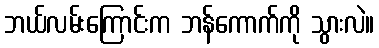
ဘယ်လမ်းကြောင်းက ဘန်ကောက်ကို သွားလဲ။